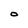
Character: O